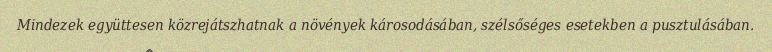
Mindezek együttesen közrejátszhatnak a növények károsodásában, szélsőséges esetekben a pusztulásában.